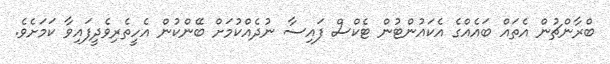
ބްރާންޗުން އެތައް ބައެއްގެ އެކައުންޓުން ޓެކްސް ފައިސާ ނުދެއްކުމަށް ބޭންކުން އެހީތެރިވެދީފައިވާ ކަމަށެވެ.